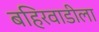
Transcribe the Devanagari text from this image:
बहिरवाडीला